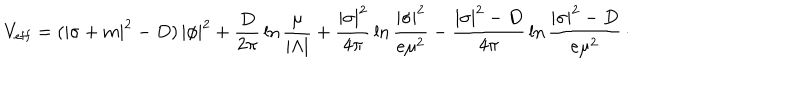
V _ { \mathrm { e f f } } = ( | \sigma + m | ^ { 2 } - D ) \, | \phi | ^ { 2 } + { \frac { D } { 2 \pi } } \ln { \frac { \mu } { | \Lambda | } } + { \frac { | \sigma | ^ { 2 } } { 4 \pi } } \ln { \frac { | \sigma | ^ { 2 } } { e \mu ^ { 2 } } } - { \frac { | \sigma | ^ { 2 } - D } { 4 \pi } } \ln { \frac { | \sigma | ^ { 2 } - D } { e \mu ^ { 2 } } } \, \cdotp